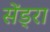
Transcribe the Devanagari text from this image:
सेंड्रा